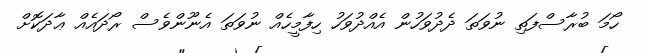
ހޯމަ ބުރާސްފަތި ނުވަތަ ދެދުވަހުން އެއްދުވަހު ހިފާމީހެއް ނުވަތަ އެނޫންވެސް ރޯދައެއް ޢާދަކޮށް